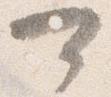
可